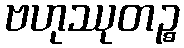
ဗဟုဿုတဉ္စ